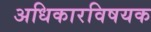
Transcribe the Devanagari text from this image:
अधिकारविषयक